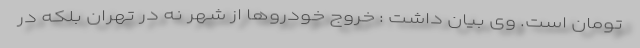
تومان است. وی بیان داشت : خروج خودروها از شهر نه در تهران بلکه در